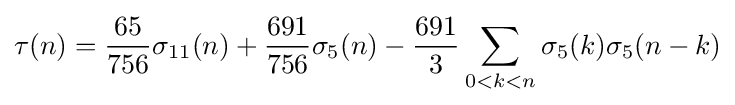
\tau (n)={\frac {65}{756}}\sigma _{11}(n)+{\frac {691}{756}}\sigma _{5}(n)-{\frac {691}{3}}\sum _{0<k<n}\sigma _{5}(k)\sigma _{5}(n-k)